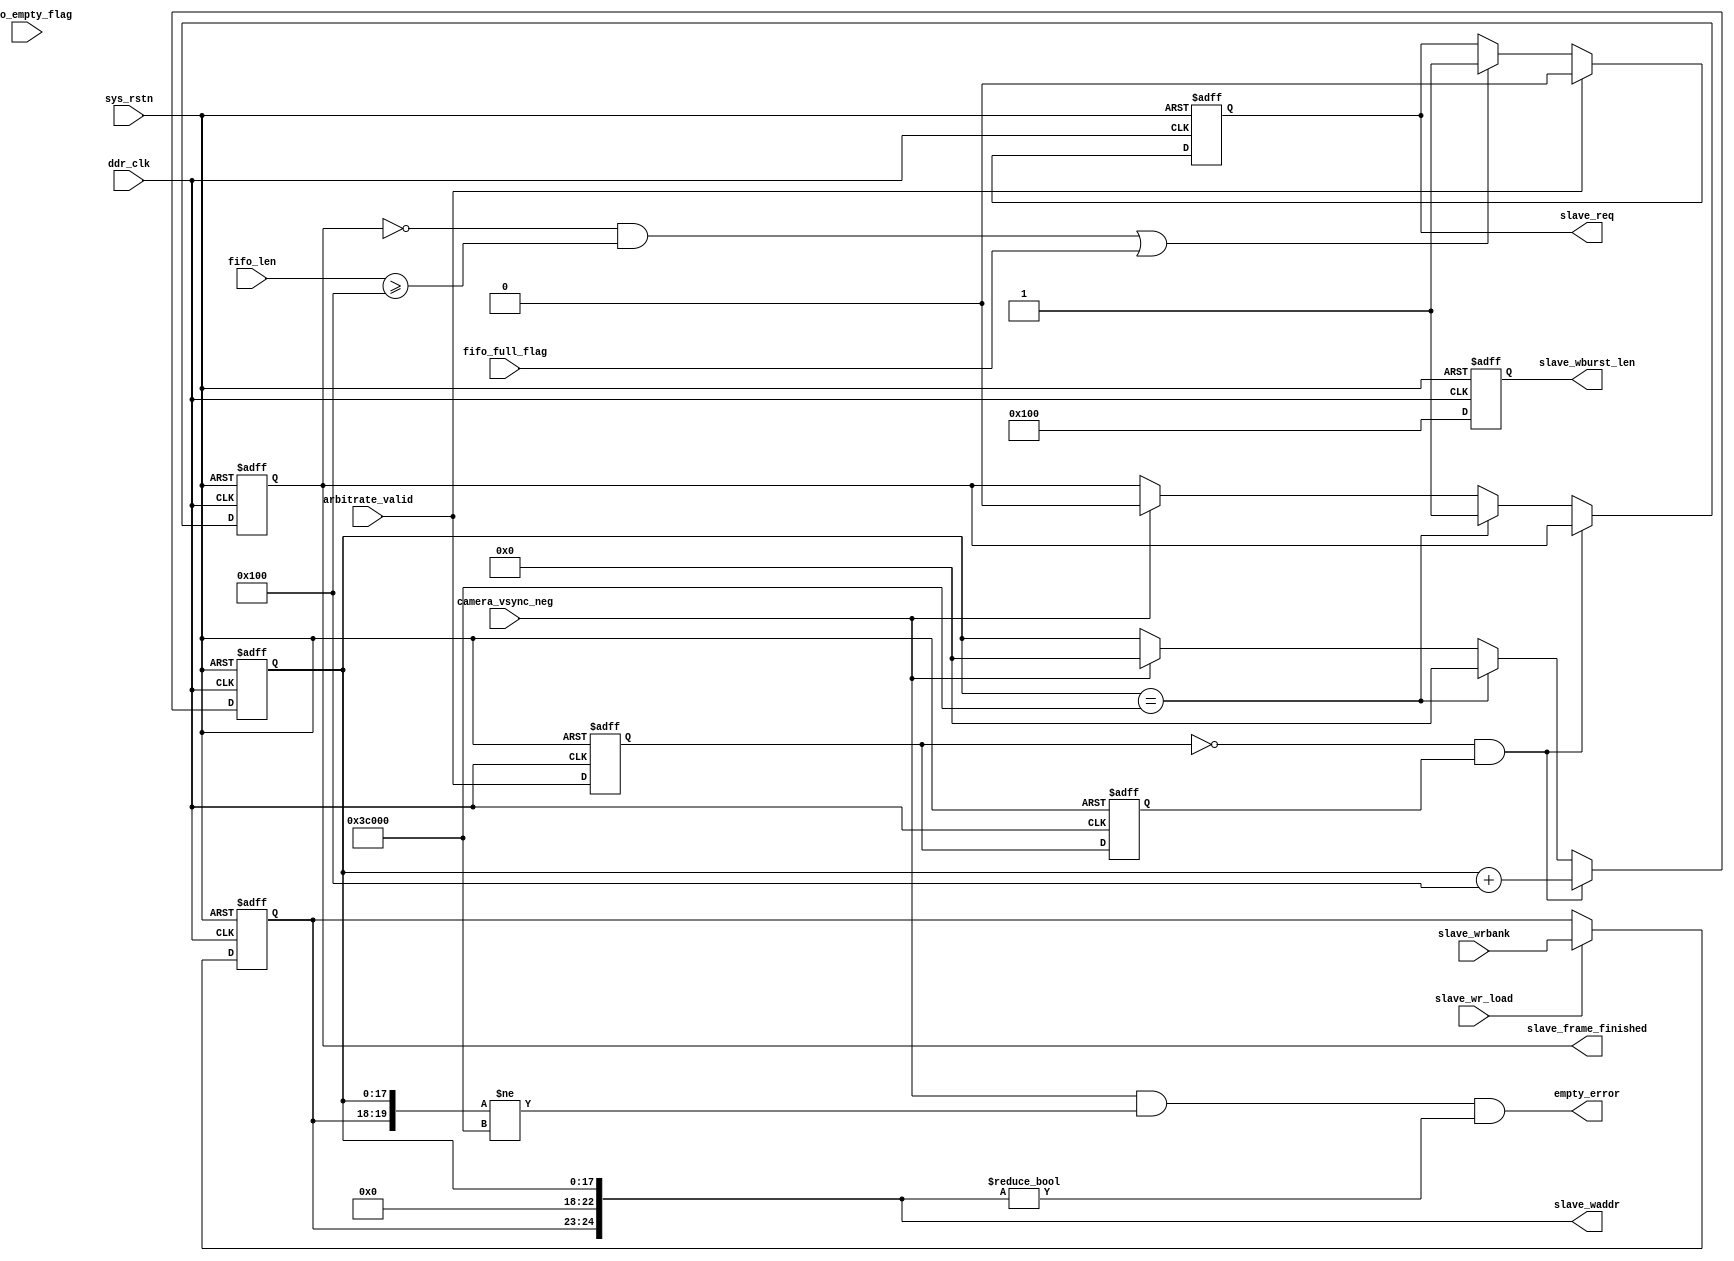
module slave_arbitrate_interface 
#(
    parameter SLAVE_NUMBER = 4'b0000 ,  //4bit 
    parameter PARAM_BIT    = 1'b0    ,
    parameter MAXADDR      = 18'd245_760
)
(   
    input wire          ddr_clk               ,
    input wire          sys_rstn              ,
    //fifo flag                               
    input wire          camera_vsync_neg      ,
    input wire          fifo_full_flag        ,
    input wire          fifo_empty_flag       ,
    input  wire [9: 0]  fifo_len              ,
    //req & valid                             
    output reg          slave_req             ,
    input wire          arbitrate_valid       ,
    input wire          slave_wr_load         ,             //
    input wire  [1 : 0] slave_wrbank          ,
    output wire [24: 0] slave_waddr           ,
    output reg  [9 : 0] slave_wburst_len      ,
    output wire         empty_error           ,
    output reg          slave_frame_finished     
    
    );
    
reg [1 :0] r_slave_wrbank ;

reg [17:0] slave_waddr_reg ;  //19bit - 18bit [17: 0] ------- 21

//BANK
always @(posedge ddr_clk or negedge sys_rstn) begin
    if (!sys_rstn) begin
        r_slave_wrbank <= 2'b0 ;
    end 
    else if (slave_wr_load) begin //keepping until ddr finishes read comd
        r_slave_wrbank <= slave_wrbank ;
    end 
    else begin
        r_slave_wrbank <= r_slave_wrbank ;
    end
end

always @(posedge ddr_clk or negedge sys_rstn) begin
    if (!sys_rstn) begin
        slave_req <= 1'b0;
    end 
    else if (arbitrate_valid) begin //keepping until ddr finishes read comd
        slave_req <= 1'b0;
    end 
    else if(~slave_frame_finished&&fifo_len >= 256||fifo_full_flag) begin
        slave_req <= 1'b1;
    end
    else begin
        slave_req <= slave_req ;
    end
end
reg arbitrate_valid_d0,arbitrate_valid_d1;
wire valid_neg ;
always @(posedge ddr_clk or negedge sys_rstn) begin
    if (!sys_rstn) begin
        arbitrate_valid_d0 <= 1'b0;
        arbitrate_valid_d1 <= 1'b0;
    end 
    else begin
        arbitrate_valid_d0 <= arbitrate_valid;
        arbitrate_valid_d1 <= arbitrate_valid_d0;
    end
end
assign valid_neg = ~arbitrate_valid_d0&arbitrate_valid_d1;
always @(posedge ddr_clk or negedge sys_rstn) begin
    if (~sys_rstn) begin
        slave_waddr_reg <= 18'b0;
        slave_frame_finished <= 1'b0;
    end 
    else if (valid_neg) begin
        slave_waddr_reg <= slave_waddr_reg + 18'd256;
    end 
    else if (slave_waddr_reg == MAXADDR) begin
        slave_waddr_reg <= 18'b0;
        slave_frame_finished <= 1'b1;
    end
    else if (camera_vsync_neg) begin
        slave_waddr_reg <= 18'b0;
        slave_frame_finished <= 1'b0;
    end
    else begin
        slave_waddr_reg <= slave_waddr_reg;
        slave_frame_finished <= slave_frame_finished;
    end
end
always @(posedge ddr_clk or negedge sys_rstn) begin
    if (!sys_rstn) begin
        slave_wburst_len <= 10'd0;
    end 
    else begin
        slave_wburst_len <= 10'd256;
    end
end

assign slave_waddr = {r_slave_wrbank,PARAM_BIT,SLAVE_NUMBER,slave_waddr_reg};   //BNAK + SD
assign empty_error  = camera_vsync_neg && (slave_waddr != MAXADDR) && (slave_waddr != 21'b0);
endmodule